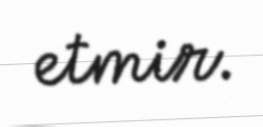
etmir.